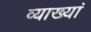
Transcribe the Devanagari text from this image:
व्याख्यां